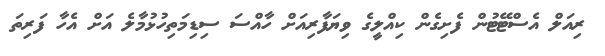
ރިއަލް އެސްޓޭޓުން ފެށިގެން ކިއްލީގެ ވިޔަފާރިއަށް ހާއްސަ ސިޑިމަތިހުޅުމާލެ އަށް އެހާ ފަރިތަ